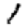
Digit: 1